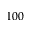
1 0 0